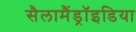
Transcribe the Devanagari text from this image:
सैलामैंड्रॉइडिया